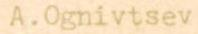
A. Ognivtsev